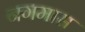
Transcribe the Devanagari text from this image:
नगमास